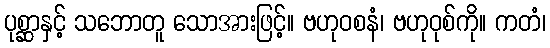
ပုစ္ဆာနှင့် သဘောတူ သောအားဖြင့်။ ဗဟုဝစနံ၊ ဗဟုဝုစ်ကို။ ကတံ၊